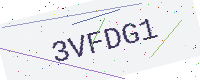
Text: 3VFDG1